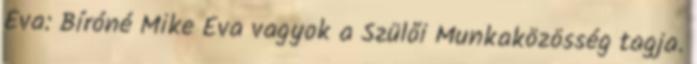
Éva: Bíróné Mike Éva vagyok a Szülői Munkaközösség tagja.